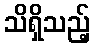
သိရှိသည့်